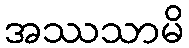
အဿသာမိ